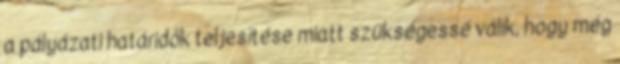
a pályázati határidők teljesítése miatt szükségessé válik, hogy még